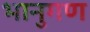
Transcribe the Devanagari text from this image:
भानुगण